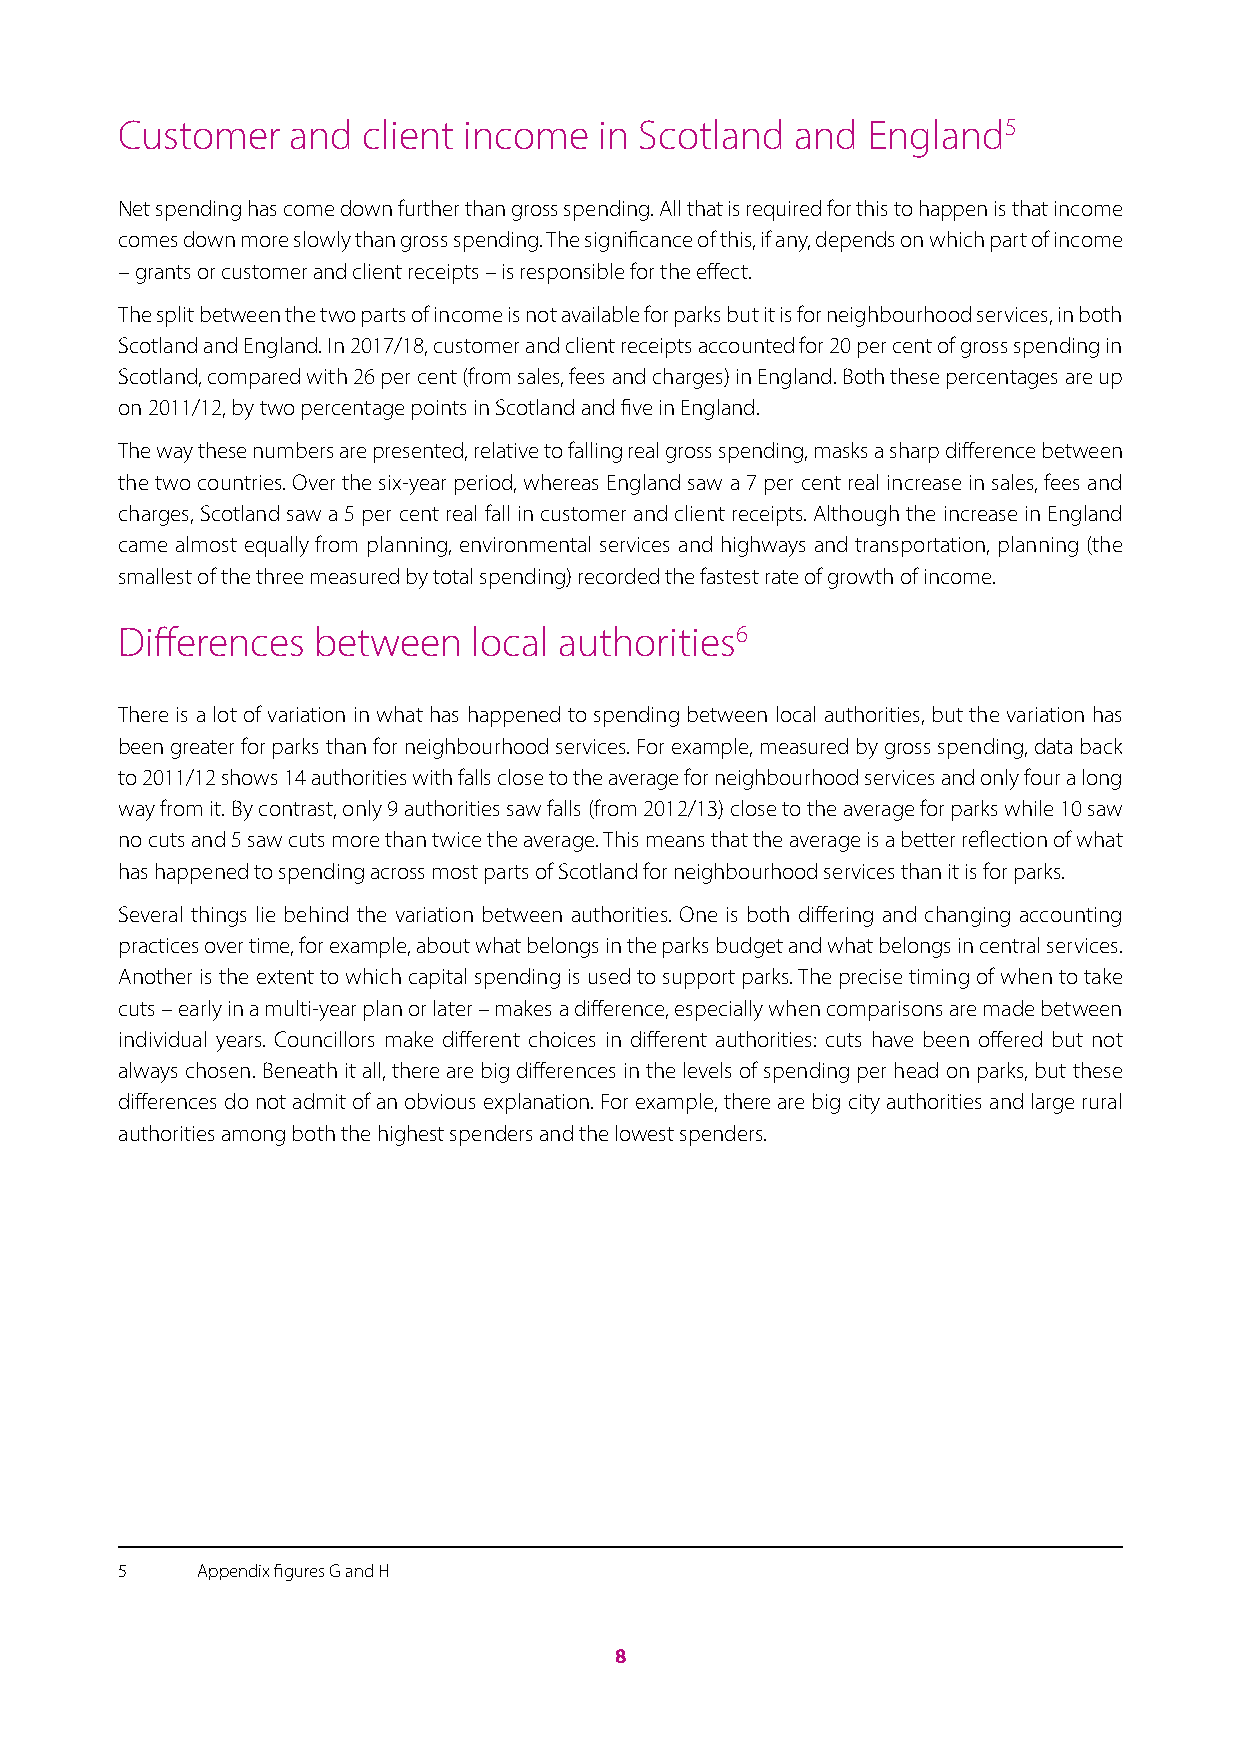
Customer   and  client income   in Scotland  and England5
 Net spending has come down further than gross spending. All that is required for this to happen is that income
 comes down more slowly than gross spending. The significance of this, if any, depends on which part of income
 – grants or customer and client receipts – is responsible for the effect.
 The split between the two parts of income is not available for parks but it is for neighbourhood services, in both
 Scotland and England. In 2017/18, customer and client receipts accounted for 20 per cent of gross spending in
 Scotland, compared with 26 per cent (from sales, fees and charges) in England. Both these percentages are up
 on 2011/12, by two percentage points in Scotland and five in England.
 The way these numbers are presented, relative to falling real gross spending, masks a sharp difference between
 the two countries. Over the six-year period, whereas England saw a 7 per cent real increase in sales, fees and
 charges, Scotland saw a 5 per cent real fall in customer and client receipts. Although the increase in England
 came almost equally from planning, environmental services and highways and transportation, planning (the
 smallest of the three measured by total spending) recorded the fastest rate of growth of income.
 Differences  between   local authorities6
 There is a lot of variation in what has happened to spending between local authorities, but the variation has
 been greater for parks than for neighbourhood services. For example, measured by gross spending, data back
 to 2011/12 shows 14 authorities with falls close to the average for neighbourhood services and only four a long
 way from it. By contrast, only 9 authorities saw falls (from 2012/13) close to the average for parks while 10 saw
 no cuts and 5 saw cuts more than twice the average. This means that the average is a better reflection of what
 has happened to spending across most parts of Scotland for neighbourhood services than it is for parks.
 Several things lie behind the variation between authorities. One is both differing and changing accounting
 practices over time, for example, about what belongs in the parks budget and what belongs in central services.
 Another is the extent to which capital spending is used to support parks. The precise timing of when to take
 cuts – early in a multi-year plan or later – makes a difference, especially when comparisons are made between
 individual years. Councillors make different choices in different authorities: cuts have been offered but not
 always chosen. Beneath it all, there are big differences in the levels of spending per head on parks, but these
 differences do not admit of an obvious explanation. For example, there are big city authorities and large rural
 authorities among both the highest spenders and the lowest spenders.
 5    Appendix figures G and H
 8